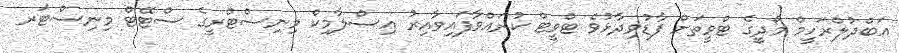
އަބްދުލްރަހީމް މޯދީގެ ޓްވީތަށް ފާޑުވިދާޅުވެ ޓްވީޓް ކުރައްވާފައިވާއިރު އިސްލާމިކް މިނިސްޓްރީގެ ސްޓޭޓް މިނިސްޓަރ